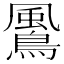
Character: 𩘵